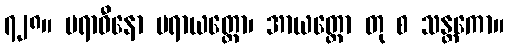
၇၂၈။ ပရာဓီနော ပရာယတ္တော၊ အာယတ္တော တု စ သန္တကော။